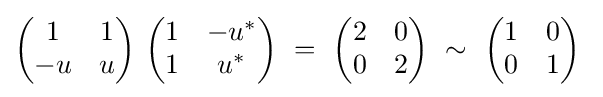
{\begin{pmatrix}1&1\\-u&u\end{pmatrix}}\ {\begin{pmatrix}1&-u^{*}\\1&u^{*}\end{pmatrix}}\ =\ {\begin{pmatrix}2&0\\0&2\end{pmatrix}}\ \sim \ {\begin{pmatrix}1&0\\0&1\end{pmatrix}}\